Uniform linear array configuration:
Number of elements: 4
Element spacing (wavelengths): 0.5
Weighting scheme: binomial
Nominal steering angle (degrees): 15
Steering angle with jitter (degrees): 13.917
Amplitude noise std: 0.05
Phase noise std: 0.05

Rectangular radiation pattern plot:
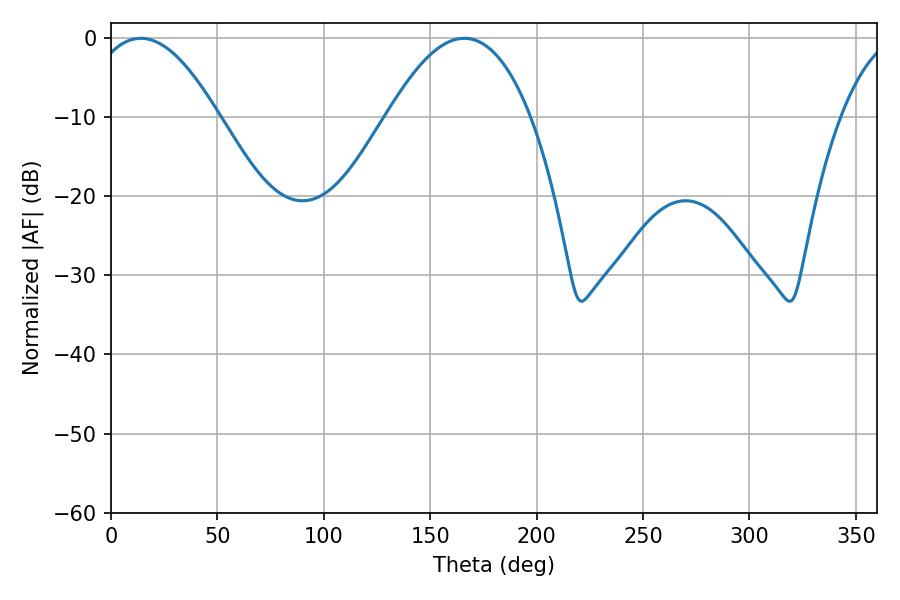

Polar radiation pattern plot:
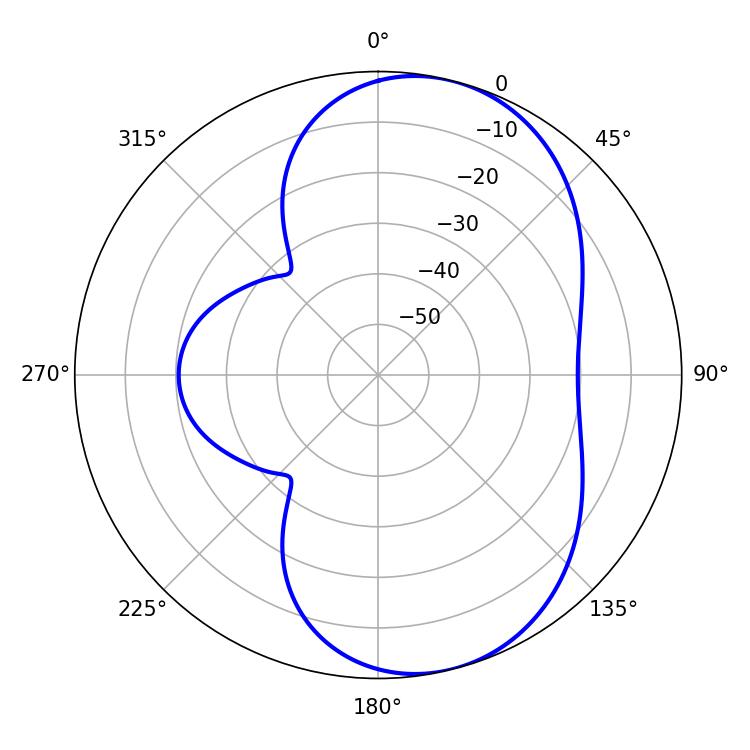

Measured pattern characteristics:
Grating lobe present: FALSE
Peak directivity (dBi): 7.29
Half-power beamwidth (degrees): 33.3
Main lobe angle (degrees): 14.04